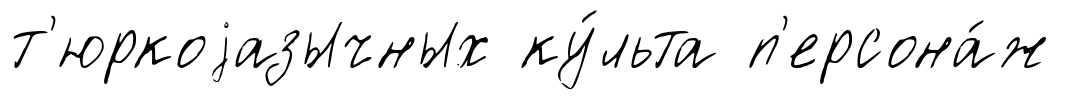
т'юркоjазычных ку́льта п'ерсона́ж